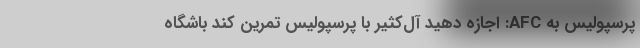
پرسپولیس به AFC: اجازه دهید آل‌کثیر با پرسپولیس تمرین کند باشگاه